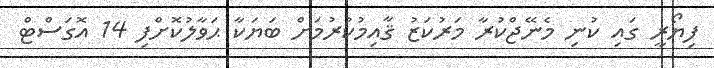
ފިޔޯރީ ގައި ކުނި މެނޭޖްކުރާ މަރުކަޒު ޤާއިމުކުރުމަށް ބަޔަކާ ޙަވާލުކޮށްފި 14 އޮގަސްޓް